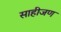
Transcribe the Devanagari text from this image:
साहीजण